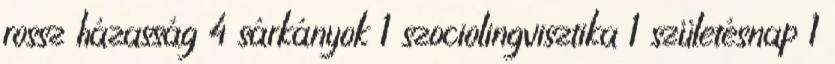
rossz házasság 4 sárkányok 1 szociolingvisztika 1 születésnap 1